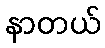
နာတယ်